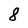
Character: 8